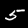
Label: 5